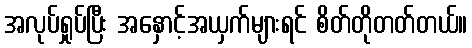
အလုပ်ရှုပ်ပြီး အနှောင့်အယှက်များရင် စိတ်တိုတတ်တယ်။